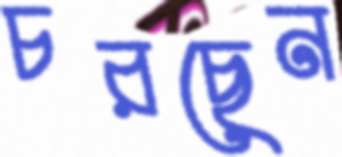
চরছেন